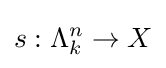
s:\Lambda _{k}^{n}\rightarrow X